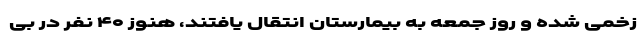
زخمی شده و روز جمعه به بیمارستان انتقال یافتند، هنوز ۴۰ نفر در بی